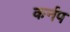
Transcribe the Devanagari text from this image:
कर्नप